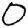
Digit: 0